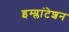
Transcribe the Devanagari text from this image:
इम्प्लांटेशन